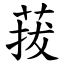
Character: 菝